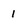
Character: 1